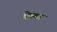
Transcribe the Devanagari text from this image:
वेष्णव